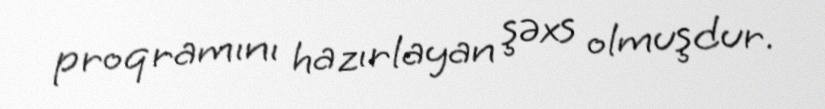
proqramını hazırlayan şəxs olmuşdur.